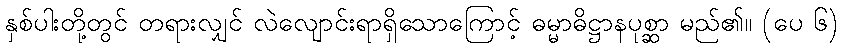
နှစ်ပါးတို့တွင် တရားလျှင် လဲလျောင်းရာရှိသောကြောင့် ဓမ္မာဓိဋ္ဌာနပုစ္ဆာ မည်၏။ (ပေ ၆)